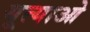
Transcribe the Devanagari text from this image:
यूत्याओ